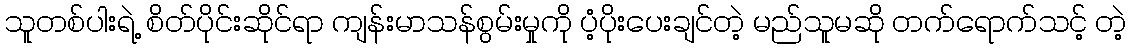
သူတစ်ပါးရဲ့ စိတ်ပိုင်းဆိုင်ရာ ကျန်းမာသန်စွမ်းမှုကို ပံ့ပိုးပေးချင်တဲ့ မည်သူမဆို တက်ရောက်သင့် တဲ့